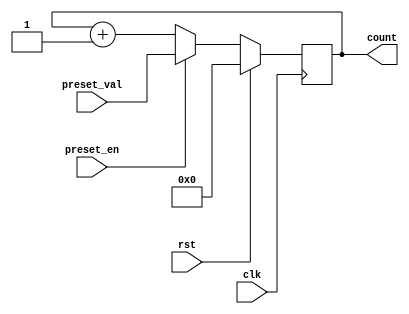
module presettable_counter (
    input wire clk,              // Clock input
    input wire rst,              // Reset input
    input wire preset_en,        // Preset enable input
    input wire [7:0] preset_val, // Preset value input (8-bit wide)
    output reg [7:0] count       // Current count output (8-bit wide)
);

// Synchronous reset and counting logic
always @(posedge clk) begin
    if (rst) begin
        // Reset the counter to zero
        count <= 8'b00000000;
    end else if (preset_en) begin
        // Load the counter with the preset value
        count <= preset_val;
    end else begin
        // Increment the counter
        count <= count + 1;
    end
end

endmodule